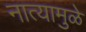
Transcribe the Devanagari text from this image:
नात्यामुळे